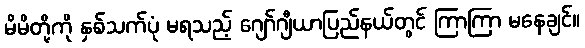
မိမိတို့ကို နှစ်သက်ပုံ မရသည့် ဂျော်ဂျီယာပြည်နယ်တွင် ကြာကြာ မနေချင်။